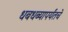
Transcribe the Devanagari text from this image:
धबधब्यापर्यंतचे